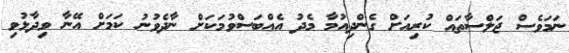
ނަމަވެސް ޖަލްސާތައް ކުރިއަށް ގެންދިއުމާ މެދު އެއްބަސްވުމަކަށް ނާދެވުނު ކަމަށް އޭނާ ވިދާޅުވި